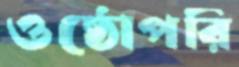
ওষ্ঠোপরি